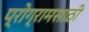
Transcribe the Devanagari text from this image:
प्रोग्रामसाठी